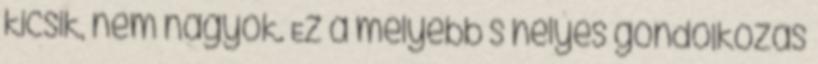
kicsik, nem nagyok. Ez a mélyebb s helyes gondolkozás